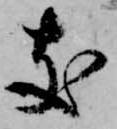
支